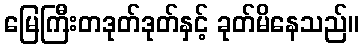
မြေကြီးတဒုတ်ဒုတ်နှင့် ခုတ်မိနေသည်။